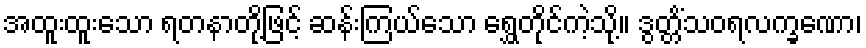
အထူးထူးသော ရတနာတို့ဖြင့် ဆန်းကြယ်သော ရွှေတိုင်ကဲ့သို့။ ဒွတ္တိံသဝရလက္ခဏော၊